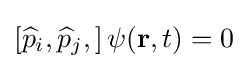
\left[{\widehat {p}}_{i},{\widehat {p}}_{j},\right]\psi (\mathbf {r} ,t)=0